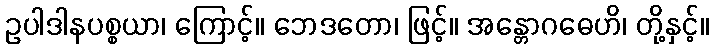
ဥပါဒါနပစ္စယာ၊ ကြောင့်။ ဘေဒတော၊ ဖြင့်။ အန္တောဂဓေဟိ၊ တို့နှင့်။